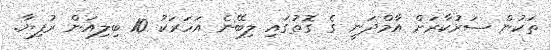
ތަކުން ސަރުކާރަށް އާމްދަނީ ގެ ގޮތުގައި ލިބޭނެ އަހަރަކު 10 ބިލިއަން ރުފިޔާ.